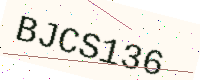
Text: BJCS136